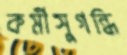
কর্মীসুগন্ধি